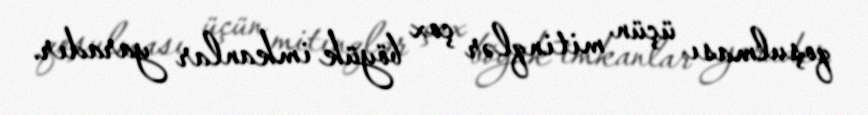
qoşulması üçün mitinqlər çox böyük imkanlar yaradır.